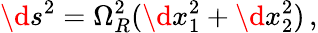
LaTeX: \d s^{2}=\Omega_{R}^{2}(\d x_{1}^{2}+\d x_{2}^{2})\, ,